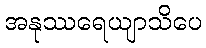
အနုဿရေယျာသိပေ